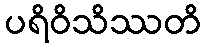
ပရိဝိသိဿတိ